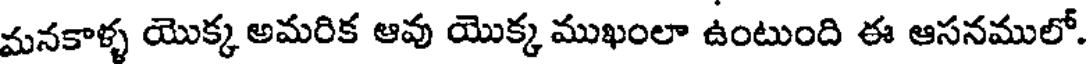
మనకాళ్ళ యొక్క అమరిక ఆవు యొక్క ముఖంలా ఉంటుంది ఈ ఆసనములో.